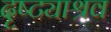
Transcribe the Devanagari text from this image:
दृष्ट्याश्रव